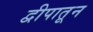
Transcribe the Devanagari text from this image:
द्वीपातून